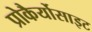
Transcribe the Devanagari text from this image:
प्रोकैर्योसाइट